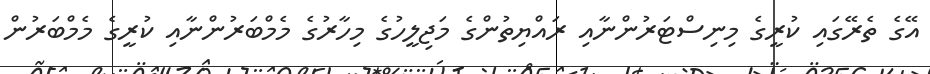
އޭގެ ތެރޭގައި ކުރީގެ މިނިސްޓަރުންނާއި ރައްޔިތުންގެ މަޖިލީހުގެ މިހާރުގެ މެމްބަރުންނާއި ކުރީގެ މެމްބަރުން